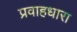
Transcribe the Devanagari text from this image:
प्रवाहधारा